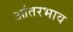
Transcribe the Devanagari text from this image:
आंतरभाव